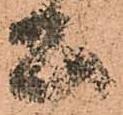
公